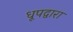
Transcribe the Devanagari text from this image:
धूपद्वारा